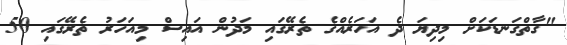
"ގާތްގަނޑަކަށް މިދިޔަ ދެ އަހަރެއްގެ ތެރޭގައި މަދުން އައިސް މިއަހަރު ތެރޭގައި 50